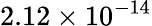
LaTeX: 2.12\times 10^{-14}